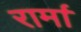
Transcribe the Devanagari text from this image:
रार्मा